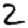
Digit: 2